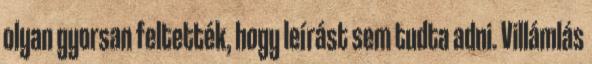
olyan gyorsan feltették, hogy leírást sem tudta adni. Villámlás